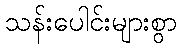
သန်းပေါင်းများစွာ